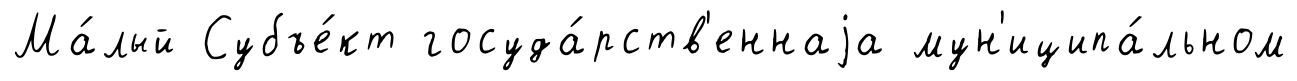
Ма́лый Субъе́кт госуда́рств'еннаjа мун'иципа́льном